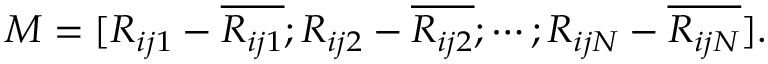
M = [ R _ { i j 1 } - \overline { { R _ { i j 1 } } } ; R _ { i j 2 } - \overline { { R _ { i j 2 } } } ; \cdots ; R _ { i j N } - \overline { { R _ { i j N } } } ] .